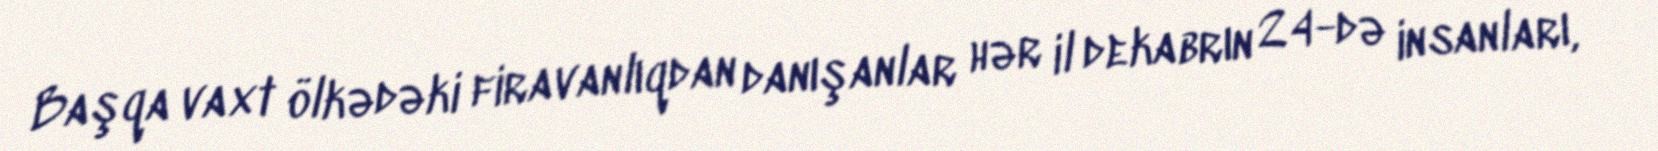
Başqa vaxt ölkədəki firavanlıqdan danışanlar hər il dekabrın 24-də insanları,